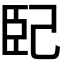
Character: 𭘍